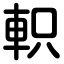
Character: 軹